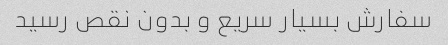
سفارش بسیار سریع و بدون نقص رسید